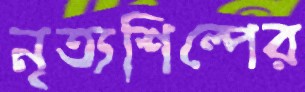
নৃত্যশিল্পের